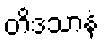
တိဒသာနံ